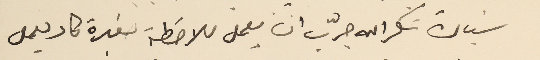
سَيادة شكرالله جرب ان يعمل ملاحظة صغيرة كاد يعمل